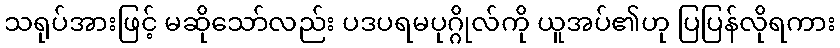
သရုပ်အားဖြင့် မဆိုသော်လည်း ပဒပရမပုဂ္ဂိုလ်ကို ယူအပ်၏ဟု ပြပြန်လိုရကား